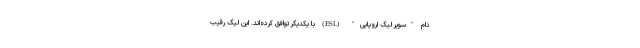
نام "سوپر لیگ اروپایی" (ESL) با یکدیگر توافق کرده‌اند. این لیگ رقیبِ